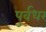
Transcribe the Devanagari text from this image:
पुर्वधर